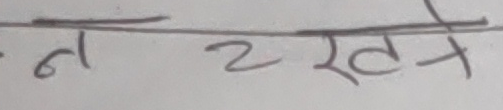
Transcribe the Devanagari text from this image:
न २ र ते